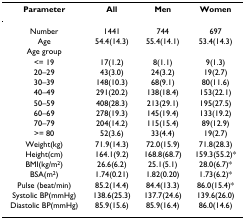
<table><thead><tr><td><b>Parameter</b></td><td><b>All</b></td><td><b>Men</b></td><td><b>Women</b></td></tr></thead><tbody><tr><td>Number</td><td>1441</td><td>744</td><td>697</td></tr><tr><td>Age</td><td>54.4(14.3)</td><td>55.4(14.1)</td><td>53.4(14.3)</td></tr><tr><td>Age group</td><td></td><td></td><td></td></tr><tr><td>&lt;= 19</td><td>17(1.2)</td><td>8(1.1)</td><td>9(1.3)</td></tr><tr><td>20–29</td><td>43(3.0)</td><td>24(3.2)</td><td>19(2.7)</td></tr><tr><td>30–39</td><td>148(10.3)</td><td>68(9.1)</td><td>80(11.6)</td></tr><tr><td>40–49</td><td>291(20.2)</td><td>138(18.4)</td><td>153(22.1)</td></tr><tr><td>50–59</td><td>408(28.3)</td><td>213(29.1)</td><td>195(27.5)</td></tr><tr><td>60–69</td><td>278(19.3)</td><td>145(19.4)</td><td>133(19.2)</td></tr><tr><td>70–79</td><td>204(14.2)</td><td>115(15.4)</td><td>89(12.9)</td></tr><tr><td>&gt;= 80</td><td>52(3.6)</td><td>33(4.4)</td><td>19(2.7)</td></tr><tr><td>Weight(kg)</td><td>71.9(14.3)</td><td>72.0(15.9)</td><td>71.8(28.3)</td></tr><tr><td>Height(cm)</td><td>164.1(9.2)</td><td>168.8(68.7)</td><td>159.3(55.2)*</td></tr><tr><td>BMI(kg/m<sup>2</sup>)</td><td>26.6(6.2)</td><td>25.1(5.1)</td><td>28.0(6.7)*</td></tr><tr><td>BSA(m<sup>2</sup>)</td><td>1.74(0.21)</td><td>1.82(0.20)</td><td>1.73(6.2)*</td></tr><tr><td>Pulse (beat/min)</td><td>85.2(14.4)</td><td>84.4(13.3)</td><td>86.0(15.4)*</td></tr><tr><td>Systolic BP(mmHg)</td><td>138.6(25.3)</td><td>137.7(24.6)</td><td>139.6(26.0)</td></tr><tr><td>Diastolic BP(mmHg)</td><td>85.9(15.6)</td><td>85.9(16.4)</td><td>86.0(14.6)</td></tr></tbody></table>